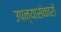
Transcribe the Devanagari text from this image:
उपन्यासंकारों